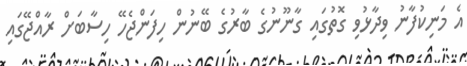
އެ މަނިކުފާނު ވިދާޅުވި ގޮތުގައި ގާނޫނުގެ ބާރުގެ ބޭނުން ހިފަންޖެހޭ ހިސާބަށް ރާއްޖޭގައި